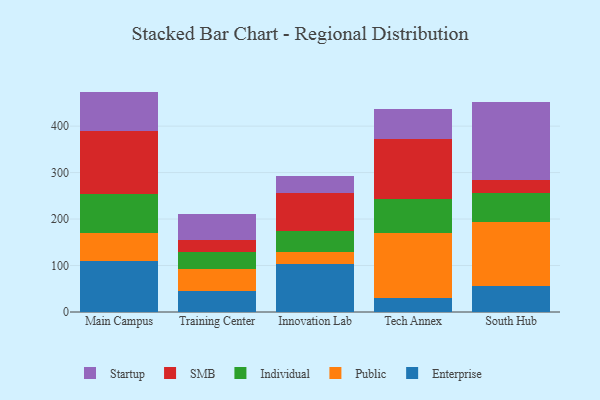
{"axis": {"x": "Campus", "y": "Waste Production (Tons)"}, "legend": ["Enterprise", "Individual", "Public", "SMB", "Startup"], "data": [{"x": "Main Campus", "y": 110.1, "type": "Enterprise"}, {"x": "Main Campus", "y": 60.9, "type": "Public"}, {"x": "Main Campus", "y": 82.2, "type": "Individual"}, {"x": "Main Campus", "y": 136.9, "type": "SMB"}, {"x": "Main Campus", "y": 84.2, "type": "Startup"}, {"x": "Training Center", "y": 45.3, "type": "Enterprise"}, {"x": "Training Center", "y": 47.8, "type": "Public"}, {"x": "Training Center", "y": 35.4, "type": "Individual"}, {"x": "Training Center", "y": 26.2, "type": "SMB"}, {"x": "Training Center", "y": 56.0, "type": "Startup"}, {"x": "Innovation Lab", "y": 102.7, "type": "Enterprise"}, {"x": "Innovation Lab", "y": 26.4, "type": "Public"}, {"x": "Innovation Lab", "y": 45.3, "type": "Individual"}, {"x": "Innovation Lab", "y": 82.6, "type": "SMB"}, {"x": "Innovation Lab", "y": 35.3, "type": "Startup"}, {"x": "Tech Annex", "y": 30.5, "type": "Enterprise"}, {"x": "Tech Annex", "y": 139.1, "type": "Public"}, {"x": "Tech Annex", "y": 72.8, "type": "Individual"}, {"x": "Tech Annex", "y": 129.1, "type": "SMB"}, {"x": "Tech Annex", "y": 66.1, "type": "Startup"}, {"x": "South Hub", "y": 55.5, "type": "Enterprise"}, {"x": "South Hub", "y": 137.4, "type": "Public"}, {"x": "South Hub", "y": 63.7, "type": "Individual"}, {"x": "South Hub", "y": 27.1, "type": "SMB"}, {"x": "South Hub", "y": 167.6, "type": "Startup"}]}